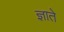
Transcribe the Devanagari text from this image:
ज्ञाते